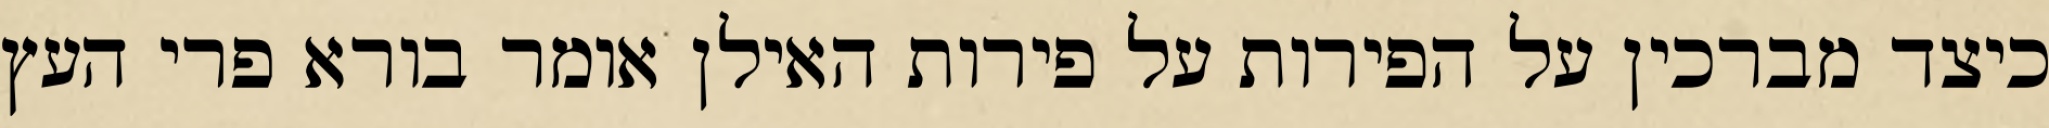
כיצד מברכין על הפירות על פירות האילן אומר בורא פרי העץ